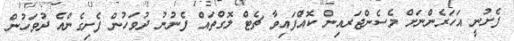
ފެށުނީ އަހަރެންނަށް މެސެންޖަރއިން ކޮއްފައިވާ ޗެޓް ލޮގްތައް ފެނުނު ދުވަހުން ފެށިގެންއެ ދުވަހުން